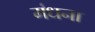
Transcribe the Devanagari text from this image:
मंधना